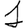
Digit: 1